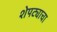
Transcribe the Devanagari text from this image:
शेपट्याचा